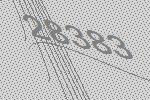
28383